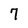
Character: 7